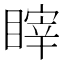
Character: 𰥻